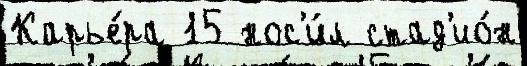
Карье́ра 15 нос'и́л стад'ио́н